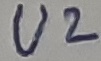
Text: U2